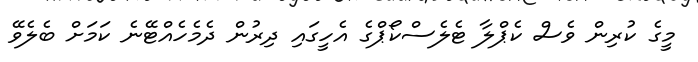
މީގެ ކުރިން ވެސް ކެޕްލާ ޓެލެސްކޯޕްގެ އެހީގައި ދިރުން ދެމެހެއްޓޭނެ ކަމަށް ބެލެވޭ